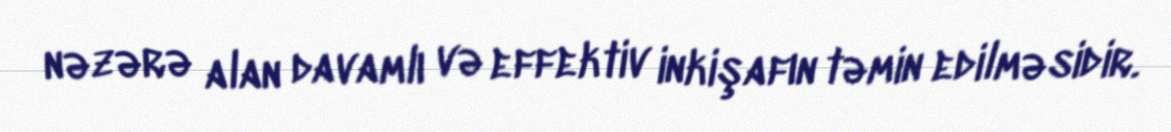
nəzərə alan davamlı və effektiv inkişafın təmin edilməsidir.